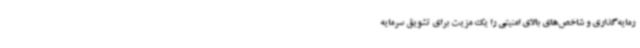
رمایه‌گذاری و شاخص‌های بالای امنیتی را یک مزیت‌ برای تشویق سرمایه